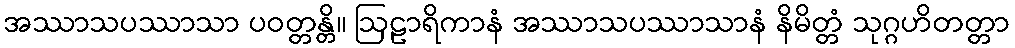
အဿာသပဿာသာ ပဝတ္တန္တိ။ ဩဠာရိကာနံ အဿာသပဿာသာနံ နိမိတ္တံ သုဂ္ဂဟိတတ္တာ